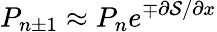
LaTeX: P_{n\pm 1}\approx P_{n}e^{\mp\partial\mathcal{S}/\partial x}